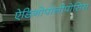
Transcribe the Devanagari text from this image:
ऐडिनोपोलीपोसिस